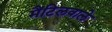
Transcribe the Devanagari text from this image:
मैंटिलवाले